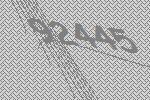
92445